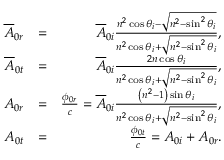
\begin{array} { r l r } { \overline { { A } } _ { 0 r } } & { = } & { \overline { { A } } _ { 0 i } \frac { n ^ { 2 } \cos \theta _ { i } - \sqrt { n ^ { 2 } - \sin ^ { 2 } \theta _ { i } } } { n ^ { 2 } \cos \theta _ { i } + \sqrt { n ^ { 2 } - \sin ^ { 2 } \theta _ { i } } } , } \\ { \overline { { A } } _ { 0 t } } & { = } & { \overline { { A } } _ { 0 i } \frac { 2 n \cos \theta _ { i } } { n ^ { 2 } \cos \theta _ { i } + \sqrt { n ^ { 2 } - \sin ^ { 2 } \theta _ { i } } } , } \\ { A _ { 0 r } } & { = } & { \frac { \phi _ { 0 r } } { c } = \overline { { A } } _ { 0 i } \frac { \left( n ^ { 2 } - 1 \right) \sin \theta _ { i } } { n ^ { 2 } \cos \theta _ { i } + \sqrt { n ^ { 2 } - \sin ^ { 2 } \theta _ { i } } } , } \\ { A _ { 0 t } } & { = } & { \frac { \phi _ { 0 t } } { c } = A _ { 0 i } + A _ { 0 r } . } \end{array}